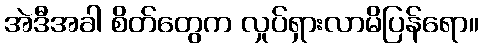
အဲဒီအခါ စိတ်တွေက လှုပ်ရှားလာမိပြန်ရော။